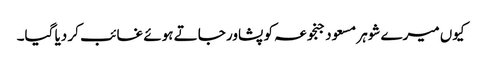
کیوں میرے شوہر مسعود جنجوعہ کو پشاور جاتے ہوئے غائب کر دیا گیا۔